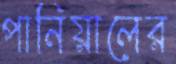
পানিয়ালের